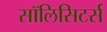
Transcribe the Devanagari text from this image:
सॉलिसिटर्स